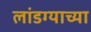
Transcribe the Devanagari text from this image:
लांडग्याच्या